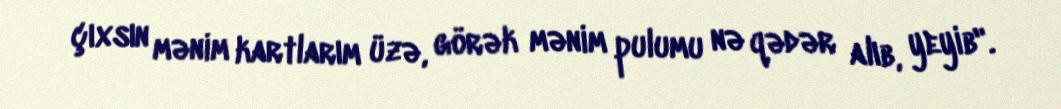
çıxsın mənim kartlarım üzə, görək mənim pulumu nə qədər alıb, yeyib".